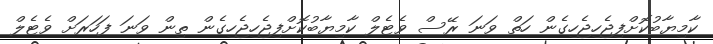
ކާމިޔާބުކޮށްފިޖެހިޖެހިގެން ހަތް ވަނަ ރޭސް ވެޓެލް ކާމިޔާބުކޮށްފިޖެހިޖެހިގެން ތިން ވަނަ ފަހަރަށް ވެޓެލް